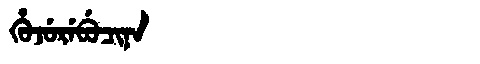
Manchu: ᡥᡠᠵᡠᡵᡝᠪᡠᠴᡳᠨᠠ
Romanization: HUJUREBUCINA